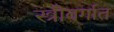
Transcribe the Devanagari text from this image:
स्त्रीवर्गात